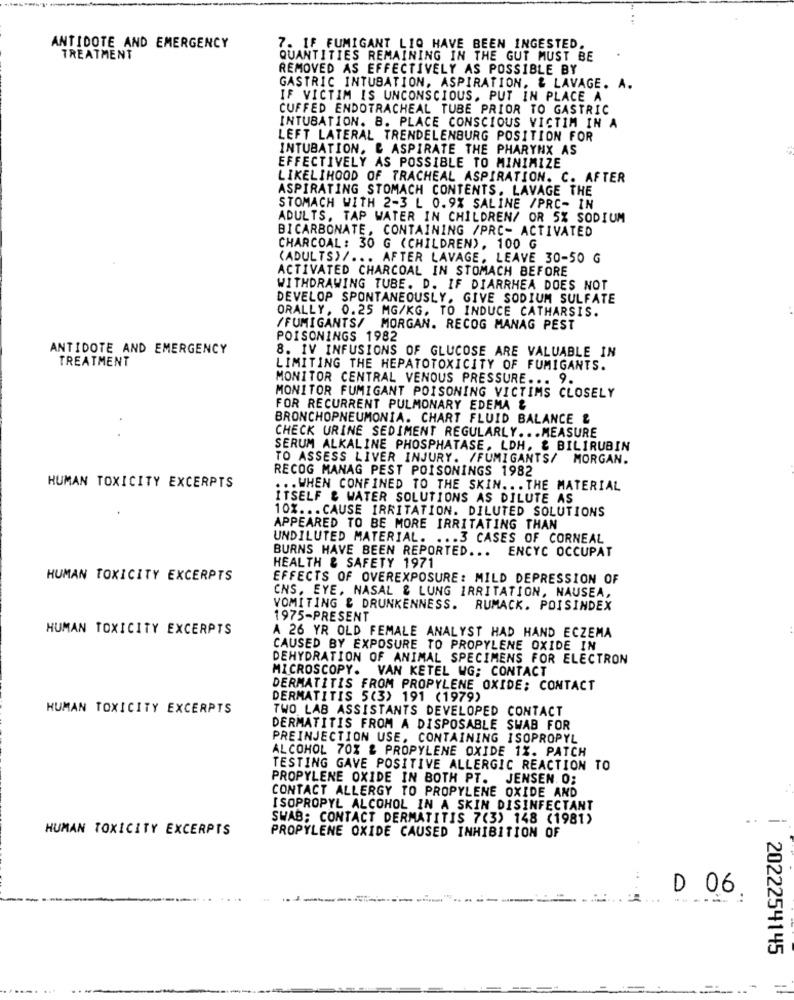
ANTIDOTE AND EMERGENCY
7. IF FUMIGANT LIO HAVE BEEN INGESTED.
TREATMENT
QUANTITIES REMAINING IN THE GUT MUST BE
REMOVED AS EFFECTIVELY AS POSSIBLE BY
GASTRIC INTUBATION, ASPIRATION, & LAVAGE. A.
IF VICTIM IS UNCONSCIOUS, PUT IN PLACE A
CUFFED ENDOTRACHEAL TUBE PRIOR TO GASTRIC
INTUBATION. B. PLACE CONSCIOUS VICTIM IN A
LEFT LATERAL TRENDELENBURG POSITION FOR
INTUBATION, & ASPIRATE THE PHARYNX AS
EFFECTIVELY AS POSSIBLE TO MINIMIZE
LIKELIHOOD OF TRACHEAL ASPIRATION. C. AFTER
ASPIRATING STOMACH CONTENTS. LAVAGE THE
STOMACH WITH 2-3 L 0.9% SALINE /PRC- IN
ADULTS, TAP WATER IN CHILDREN/ OR 5% SODIUM
BICARBONATE, CONTAINING /PRC- ACTIVATED
CHARCOAL: 30 G (CHILDREN), 100 G
(ADULTS)/ ... AFTER LAVAGE, LEAVE 30-50 G
ACTIVATED CHARCOAL IN STOMACH BEFORE
WITHDRAWING TUBE. D. IF DIARRHEA DOES NOT
DEVELOP SPONTANEOUSLY. GIVE SODIUM SULFATE
ORALLY, 0.25 MG/KG. TO INDUCE CATHARSIS.
/FUMIGANTS/ MORGAN. RECOG MANAG PEST
POISONINGS 1982
ANTIDOTE AND EMERGENCY
8. IV INFUSIONS OF GLUCOSE ARE VALUABLE IN
TREATMENT
LIMITING THE HEPATOTOXICITY OF FUMIGANTS.
MONITOR CENTRAL VENOUS PRESSURE ... 9.
MONITOR FUMIGANT POISONING VICTIMS CLOSELY
FOR RECURRENT PULMONARY EDEMA &
BRONCHOPNEUMONIA. CHART FLUID BALANCE &
CHECK URINE SEDIMENT REGULARLY ... MEASURE
SERUM ALKALINE PHOSPHATASE, LDH, & BILIRUBIN
TO ASSESS LIVER INJURY. /FUMIGANTS/ MORGAN.
RECOG MANAG PEST POISONINGS 1982
HUMAN TOXICITY EXCERPTS
... WHEN CONFINED TO THE SKIN ... THE MATERIAL
ITSELF & WATER SOLUTIONS AS DILUTE AS
10% ... CAUSE IRRITATION. DILUTED SOLUTIONS
APPEARED TO BE MORE IRRITATING THAN
UNDILUTED MATERIAL. ... 3 CASES OF CORNEAL
BURNS HAVE BEEN REPORTED ... ENCYC OCCUPAT
HEALTH & SAFETY 1971
HUMAN TOXICITY EXCERPTS
EFFECTS OF OVEREXPOSURE: MILD DEPRESSION OF
CNS, EYE, NASAL & LUNG IRRITATION, NAUSEA,
VOMITING & DRUNKENNESS. RUMACK. POISINDEX
1975-PRESENT
HUMAN TOXICITY EXCERPTS
A 26 YR OLD FEMALE ANALYST HAD HAND ECZEMA
CAUSED BY EXPOSURE TO PROPYLENE OXIDE IN
DEHYDRATION OF ANIMAL SPECIMENS FOR ELECTRON
MICROSCOPY. VAN KETEL WG: CONTACT
DERMATITIS FROM PROPYLENE OXIDE; CONTACT
DERMATITIS 5(3) 191 (1979)
HUMAN TOXICITY EXCERPTS
TWO LAB ASSISTANTS DEVELOPED CONTACT
DERMATITIS FROM A DISPOSABLE SWAB FOR
PREINJECTION USE, CONTAINING ISOPROPYL
ALCOHOL 70% & PROPYLENE OXIDE 1%. PATCH
TESTING GAVE POSITIVE ALLERGIC REACTION TO
PROPYLENE OXIDE IN BOTH PT. JENSEN. O;
CONTACT ALLERGY TO PROPYLENE OXIDE AND
ISOPROPYL ALCOHOL IN A SKIN DISINFECTANT
SWAB; CONTACT DERMATITIS 7(3) 148 (1981)
..
HUMAN TOXICITY EXCERPTS
PROPYLENE OXIDE CAUSED INHIBITION OF
D 06
-----
2022254145